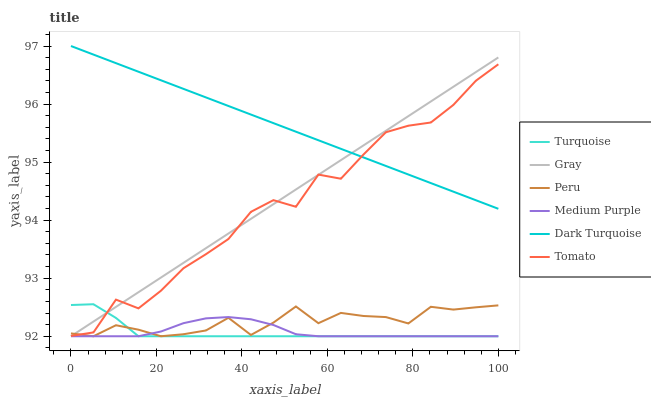
| xaxis_label | Turquoise | Gray | Peru | Medium Purple | Dark Turquoise | Tomato |
 | --- | --- | --- | --- | --- | --- | --- |
 | 0 | 92.5 | 92 | 92 | 92 | 97 | 92 |
 | 5.26 | 92.6 | 92.3 | 92 | 92 | 96.9 | 92.1 |
 | 10.5 | 92.3 | 92.5 | 92.2 | 92 | 96.7 | 92.6 |
 | 15.8 | 92 | 92.8 | 92.1 | 92 | 96.6 | 92.5 |
 | 21.1 | 92 | 93 | 92 | 92.1 | 96.4 | 92.8 |
 | 26.3 | 92 | 93.3 | 92 | 92.2 | 96.3 | 93.2 |
 | 31.6 | 92 | 93.5 | 92.1 | 92.3 | 96.1 | 93.4 |
 | 36.8 | 92 | 93.8 | 92.3 | 92.3 | 96 | 93.7 |
 | 42.1 | 92 | 94 | 92 | 92.3 | 95.8 | 94.1 |
 | 47.4 | 92 | 94.3 | 92.2 | 92.2 | 95.7 | 94.3 |
 | 52.6 | 92 | 94.5 | 92.5 | 92 | 95.5 | 94.2 |
 | 57.9 | 92 | 94.8 | 92.2 | 92 | 95.4 | 94.8 |
 | 63.2 | 92 | 95 | 92.4 | 92 | 95.2 | 94.7 |
 | 68.4 | 92 | 95.3 | 92.3 | 92 | 95.1 | 95.1 |
 | 73.7 | 92 | 95.5 | 92.3 | 92 | 94.9 | 95.5 |
 | 78.9 | 92 | 95.8 | 92.2 | 92 | 94.8 | 95.6 |
 | 84.2 | 92 | 96 | 92.5 | 92 | 94.6 | 95.7 |
 | 89.5 | 92 | 96.3 | 92.5 | 92 | 94.5 | 96 |
 | 94.7 | 92 | 96.6 | 92.5 | 92 | 94.3 | 96.4 |
 | 100 | 92 | 96.8 | 92.5 | 92 | 94.2 | 96.7 |